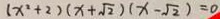
( x ^ { 2 } + 2 ) ( x + \sqrt { 2 } ) ( x - \sqrt { 2 } ) = 0